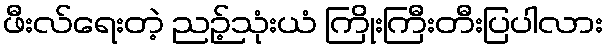
ဖီးလ်ရေးတဲ့ ညဉ့်သုံးယံ ကြိုးကြီးတီးပြပါလား